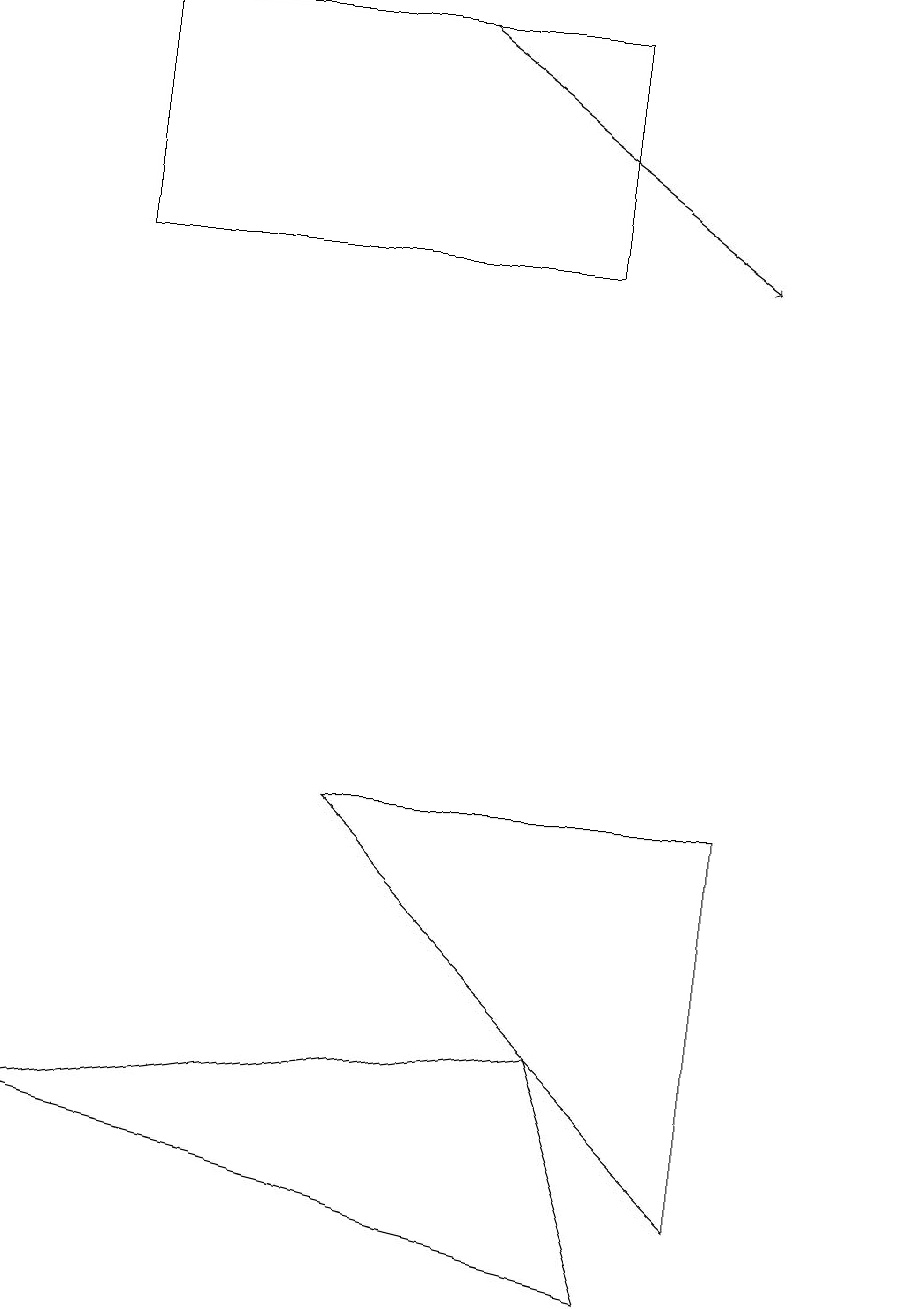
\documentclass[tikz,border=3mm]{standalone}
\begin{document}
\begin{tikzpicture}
\draw (11,10) circle (0);
\draw[->] (5,16) -- (9,13);
\draw (9,6) -- (4,6) -- (9,1) -- cycle;
\draw (8,0) -- (7,3) -- (0,2) -- cycle;
\draw (1,13) rectangle (7,16);
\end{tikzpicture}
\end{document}